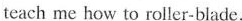
teach me how to roller-blade.